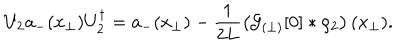
U _ { 2 } a _ { - } ( x _ { \perp } ) U _ { 2 } ^ { \dagger } = a _ { - } ( x _ { \perp } ) - \frac { 1 } { 2 L } \left( { \cal G } _ { ( \perp ) } [ 0 ] \ast \rho _ { 2 } \right) ( x _ { \perp } ) .